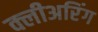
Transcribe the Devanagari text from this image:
क्लीअरिंग